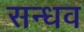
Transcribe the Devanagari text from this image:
सन्धव